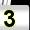
Digit: 3